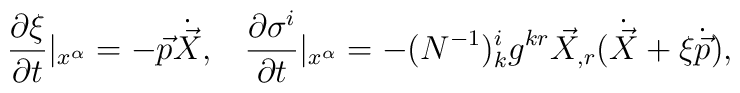
\frac{\partial \xi}{\partial t}|_{x^{\alpha}} = - \vec{p}\dot{\vec{X}}, \;\;\;\frac{\partial \sigma^i}{\partial t}|_{x^{\alpha}} = - (N^{-1})^i_kg^{kr} \vec{X}_{,r} (\dot{\vec{X}} + \xi \dot{\vec{p}}),